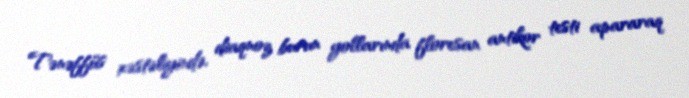
Tənəffüs xəstəliyində, diaqnoz burun yollarında floresan antikor testi apararaq